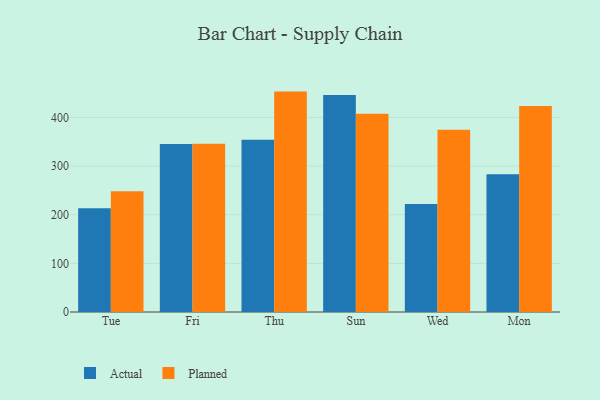
{"axis": {"x": "Day", "y": "Conversion Rate (%)"}, "legend": ["Actual", "Planned"], "data": [{"x": "Tue", "y": 213.1, "type": "Actual"}, {"x": "Tue", "y": 247.9, "type": "Planned"}, {"x": "Fri", "y": 345.3, "type": "Actual"}, {"x": "Fri", "y": 345.5, "type": "Planned"}, {"x": "Thu", "y": 354.1, "type": "Actual"}, {"x": "Thu", "y": 452.9, "type": "Planned"}, {"x": "Sun", "y": 446.0, "type": "Actual"}, {"x": "Sun", "y": 407.4, "type": "Planned"}, {"x": "Wed", "y": 222.0, "type": "Actual"}, {"x": "Wed", "y": 374.7, "type": "Planned"}, {"x": "Mon", "y": 283.3, "type": "Actual"}, {"x": "Mon", "y": 423.2, "type": "Planned"}]}